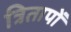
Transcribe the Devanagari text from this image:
त्रितापों